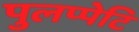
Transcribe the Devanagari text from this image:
पुलप्पेटि